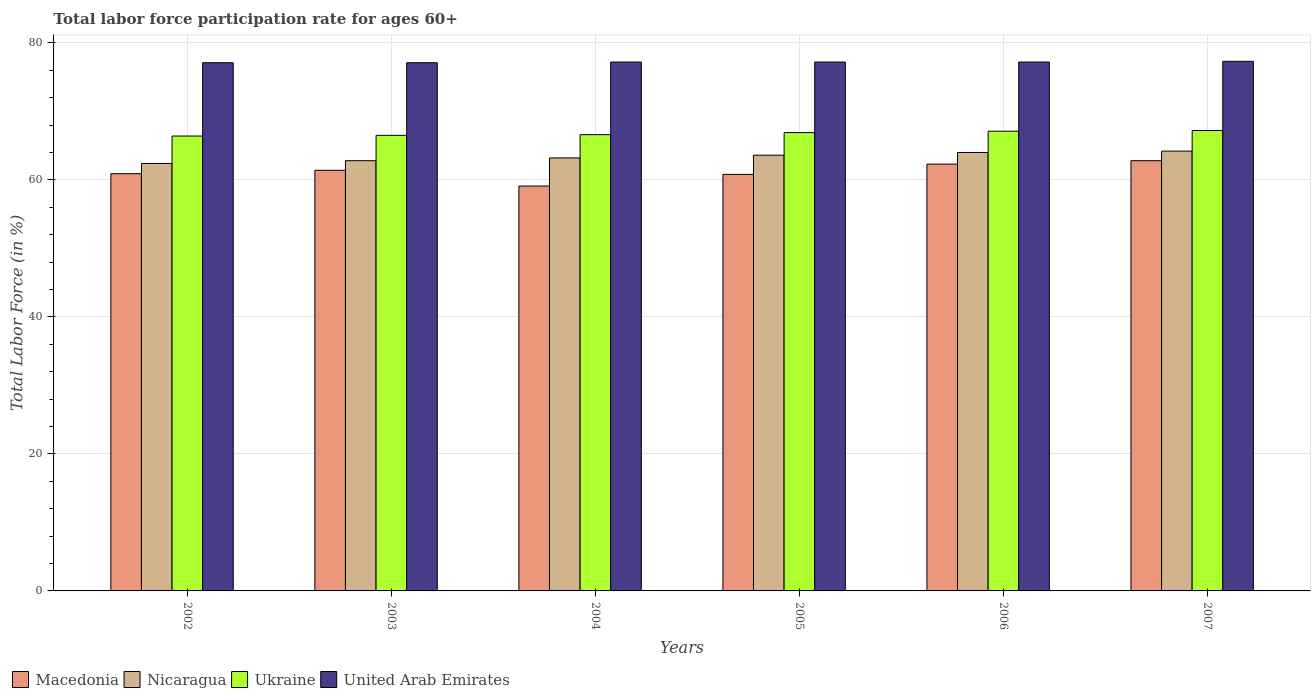
| Years | Macedonia | Nicaragua | Ukraine | United Arab Emirates |
 | --- | --- | --- | --- | --- |
 | 2002 | 60.9 | 62.4 | 66.4 | 77.1 |
 | 2003 | 61.4 | 62.8 | 66.5 | 77.1 |
 | 2004 | 59.1 | 63.2 | 66.6 | 77.2 |
 | 2005 | 60.8 | 63.6 | 66.9 | 77.2 |
 | 2006 | 62.3 | 64 | 67.1 | 77.2 |
 | 2007 | 62.8 | 64.2 | 67.2 | 77.3 |